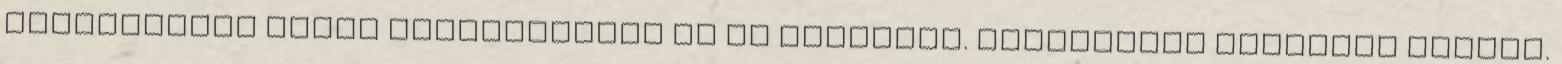
élmenyeiket velem kapcsolatban ki is fejezték. Egyszerűen kedvesek voltak.